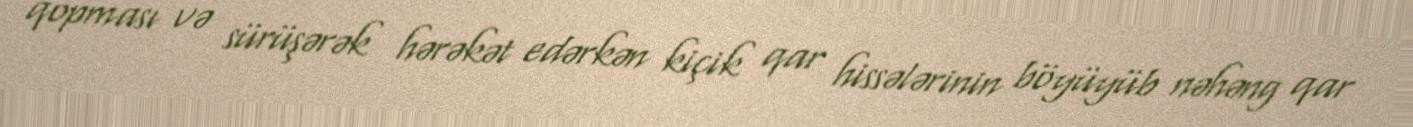
qopması və sürüşərək hərəkət edərkən kiçik qar hissələrinin böyüyüb nəhəng qar